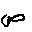
Letter: _sad